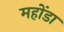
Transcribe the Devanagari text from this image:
महोंडा